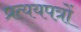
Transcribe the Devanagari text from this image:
प्रत्ययपत्रों